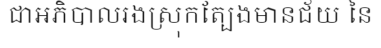
ជាអភិបាលរងស្រុកត្បែងមានជ័យ នៃ